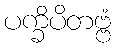
ပက္ခိပိတဗ္ဗံ